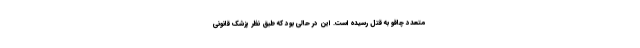
متعدد چاقو به قتل رسیده است. این در حالی بود که طبق نظر پزشک قانونی